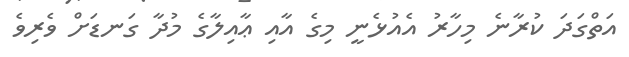
އަތްގަދަ ކުރާނެ މިހާރު އެއުޅެނީ މިގެ އާއި ޢާއިލާގެ މުދާ ގަނޑަށް ވެރިވެ